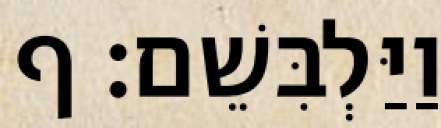
וַיַּלְבִּשֵׁם׃ ף